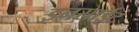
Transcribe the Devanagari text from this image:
इनसाईट